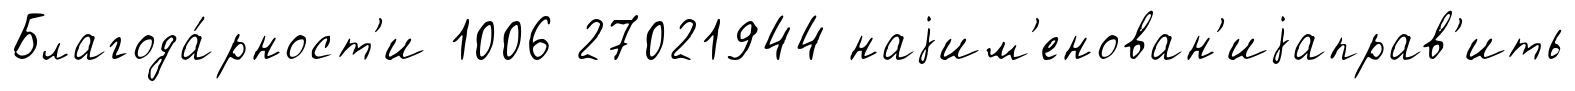
Благода́рност'и 1006 27021944 наjим'енован'иjаправ'ить